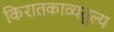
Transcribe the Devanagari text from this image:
किरातकाव्यतुल्य